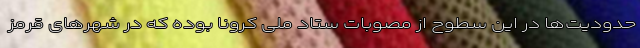
حدودیت‌ها در این سطوح از مصوبات ستاد ملی کرونا بوده که در شهرهای قرمز